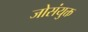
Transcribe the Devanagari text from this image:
जोसंयुक्त